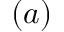
( a )